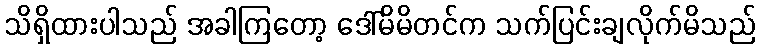
သိရှိထားပါသည် အခါကြတော့ ဒေါ်မိမိတင်က သက်ပြင်းချလိုက်မိသည်